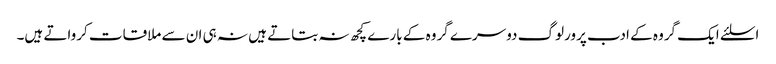
اسلئے ایک گروہ کے ادب پرورلوگ دوسرے گروہ کے بارے کچھ نہ بتاتے ہیں نہ ہی ان سے ملاقات کرواتے ہیں۔